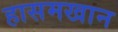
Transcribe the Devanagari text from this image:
हासमखान